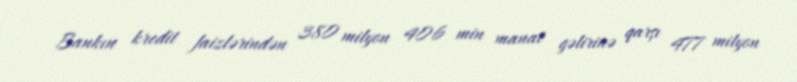
Bankın kredit faizlərindən 380 milyon 406 min manat gəlirinə qarşı 477 milyon